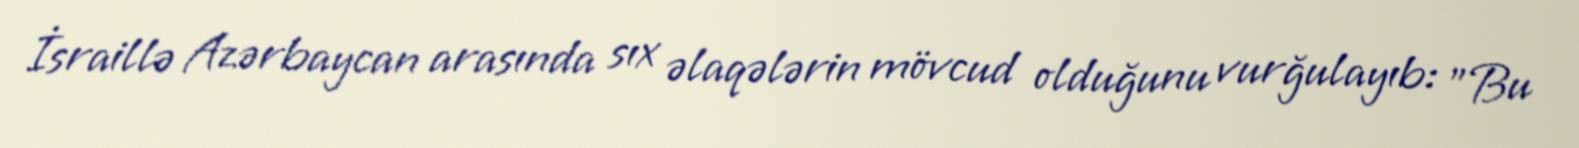
İsraillə Azərbaycan arasında sıx əlaqələrin mövcud olduğunu vurğulayıb: "Bu